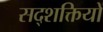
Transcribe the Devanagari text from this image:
सद्शक्तियों